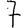
Digit: 7